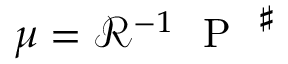
\mu = { \mathcal R } ^ { - 1 } \mathrm { ~ \mathrm { ~ P ~ } ~ } ^ { \sharp }